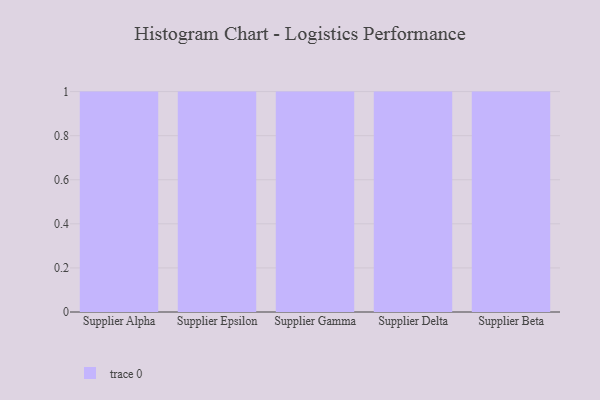
{"axis": {"x": "Supplier", "y": "Operating Costs (USD K)"}, "legend": [""], "data": [{"x": "Supplier Alpha", "y": 50, "type": ""}, {"x": "Supplier Epsilon", "y": 67, "type": ""}, {"x": "Supplier Gamma", "y": 87, "type": ""}, {"x": "Supplier Delta", "y": 5, "type": ""}, {"x": "Supplier Beta", "y": 80, "type": ""}]}